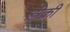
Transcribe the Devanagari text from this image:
डीक्री